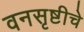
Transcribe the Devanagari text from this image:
वनसृष्टीचे